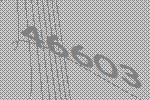
46603